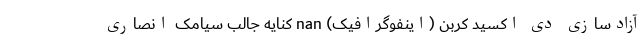
آزادسازی دی ‌اکسید کربن (اینفوگرافیک) nan کنایه جالب سیامک انصاری